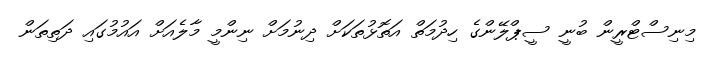
މިނިސްޓްރީން ބުނީ ސީޕްލޭންގެ ހިދުމަތް އަތޮޅުތަކަށް ދިނުމަށް ނިންމީ މާލެއަށް އައުމުގައި ދަތިތަން